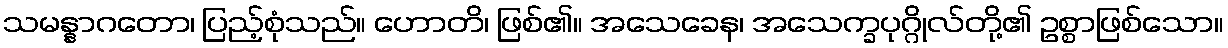
သမန္နာဂတော၊ ပြည့်စုံသည်။ ဟောတိ၊ ဖြစ်၏။ အသေခေန၊ အသေက္ခပုဂ္ဂိုလ်တို့၏ ဥစ္စာဖြစ်သော။